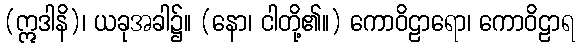
(ဣဒါနိ)၊ ယခုအခါ၌။ (နော၊ ငါတို့၏။) ကောဝိဠာရော၊ ကောဝိဠာရ